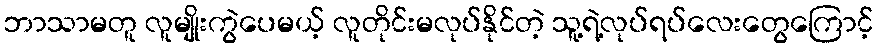
ဘာသာမတူ လူမျိုးကွဲပေမယ့် လူတိုင်းမလုပ်နိုင်တဲ့ သူ့ရဲ့လုပ်ရပ်လေးတွေကြောင့်